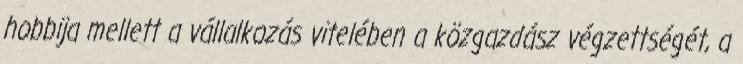
hobbija mellett a vállalkozás vitelében a közgazdász végzettségét, a